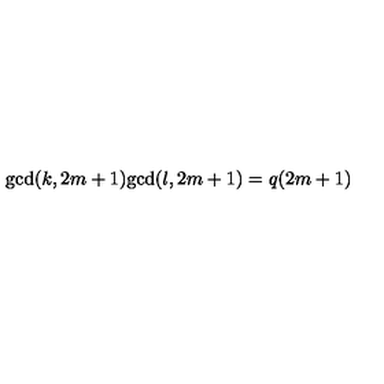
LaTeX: \mathrm { g c d } ( k , 2 m + 1 ) \mathrm { g c d } ( l , 2 m + 1 ) = q ( 2 m + 1 )